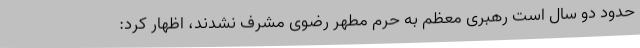
حدود دو سال است رهبری معظم به حرم مطهر رضوی مشرف نشدند، اظهار کرد: